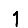
Digit: 1